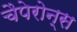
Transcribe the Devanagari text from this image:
चैपेरोन्स